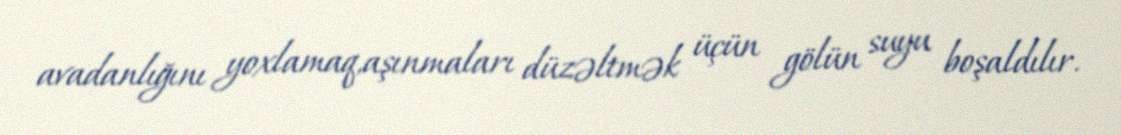
avadanlığını yoxlamaq,aşınmaları düzəltmək üçün gölün suyu boşaldılır.